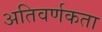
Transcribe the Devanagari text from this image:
अतिवर्णकता